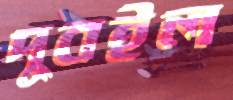
দুবইল